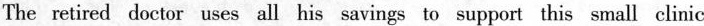
The retired doctor uses all his savings to support this small clinic